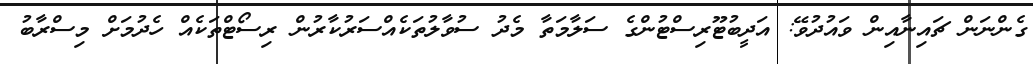
ގެންނަން ޗައިނާއިން ވައުދުވޭ: އަދީބުޓޫރިސްޓުންގެ ސަލާމަތާ މެދު ސުވާލުތަކެއްސަރުކާރުން ރިސޯޓްތަކެއް ހެދުމަށް މިސްރާބު